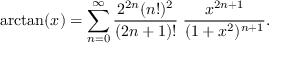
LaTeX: \arctan ( x ) = \sum _ { n = 0 } ^ { \infty } { \frac { 2 ^ { 2 n } ( n ! ) ^ { 2 } } { ( 2 n + 1 ) ! } } \; { \frac { x ^ { 2 n + 1 } } { ( 1 + x ^ { 2 } ) ^ { n + 1 } } } .